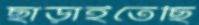
ছাড়াইতেছি